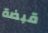
قبضة